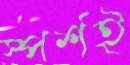
স্পর্শই